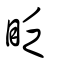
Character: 眨